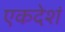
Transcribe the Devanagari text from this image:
एकदेशं